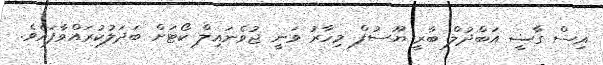
އިސް ގާޟީ އަބްދުލް ބާރީ ޔޫސުފް މިހާރު ވަނީ ޖުވެނައިލް ކޯޓަށް ބަދަލުކުރައްވާފައެވެ.